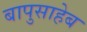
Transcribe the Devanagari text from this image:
बापुसाहेब